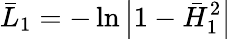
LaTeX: \bar{L}_{1}=-\ln\left|1-\bar{H}_{1}^{2}\right|